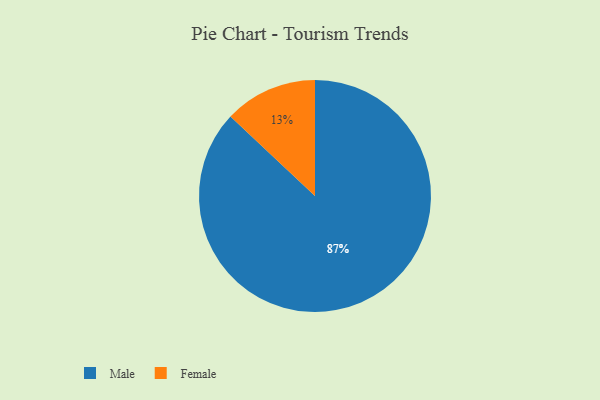
{"axis": {"x": "Category", "y": "Percentage"}, "legend": ["Female", "Male"], "data": [{"x": "Male", "y": 87, "type": "Male"}, {"x": "Female", "y": 13, "type": "Female"}]}